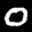
Digit: 0